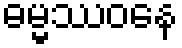
ဓမ္မဿဝနေ